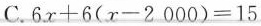
C.$$6x+6(x-2000)=15$$